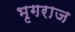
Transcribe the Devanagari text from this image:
भृगराज